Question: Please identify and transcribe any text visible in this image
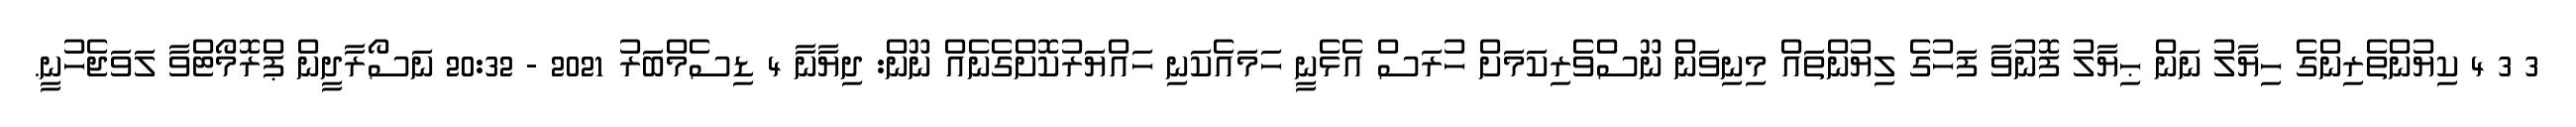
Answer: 3 3 4 ކިޔުންތެރިންގެ ހިޔާލު ނަން ޙިޔާލު ފޮނުވާ ފަހުގެ ލިޔުންތައް މިނިވަން ނޫސްވެރިކަމަށް ހުރަސް އެޅެނީ ހަމައެކަނި ހައްޔަރުކޮށްގެނެއް ނޫން: ދިޔާނާ 4 ޑިސެމްބަރު 2021 - 20:32 ނަސޯރާދީން ޕްރޮމޯޓްވާ ލަވަޖެހުނީ.